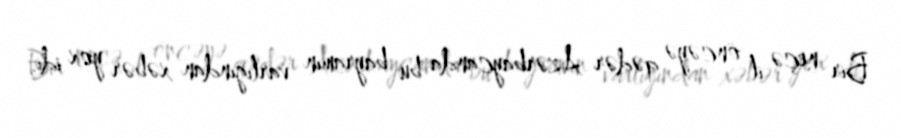
Bir neçə il öncəyə qədər Azərbaycanda bu bayramın varlığından xəbər yox idi.